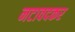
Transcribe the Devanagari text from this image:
नटावदकर